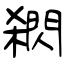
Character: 閷